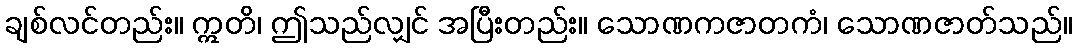
ချစ်လင်တည်း။ ဣတိ၊ ဤသည်လျှင် အပြီးတည်း။ သောဏကဇာတကံ၊ သောဏဇာတ်သည်။